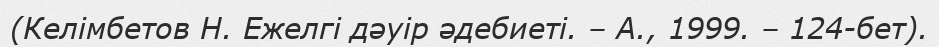
(Келімбетов Н. Ежелгі дәуір әдебиеті. – А., 1999. – 124-бет).